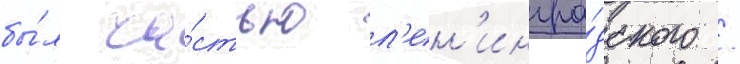
бы́л ча́стью л'ен'ингра́дского /